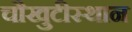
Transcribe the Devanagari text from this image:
चौखुटीस्थान